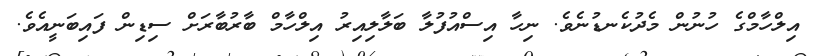
އިލްހާމްގެ ހުނުން މެދުކެނޑުނެވެ. ނިހާ އިސްއުފުލާ ބަލާލިއިރު އިލްހާމް ބާރުބާރަށް ސިޑިން ފައިބަނީއެވެ.